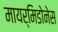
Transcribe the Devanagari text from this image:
मायर्मिडोनेस